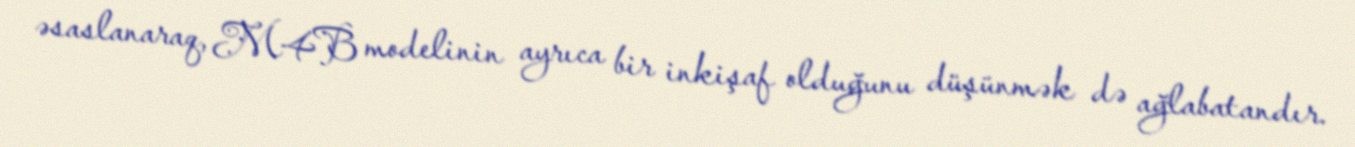
əsaslanaraq, M4B modelinin ayrıca bir inkişaf olduğunu düşünmək də ağlabatandır.